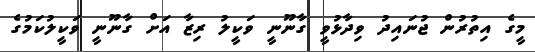
މީގެ އިތުރުން ޖުނައިދު ވިދާޅުވީ ގާނޫނީ ވަކީލު ރިޒާ އަށް ގާނޫނީ ވަކީލުކަމުގެ